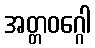
အတ္တဝဂ္ဂေါ